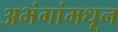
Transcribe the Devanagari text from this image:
अभंगांमधून